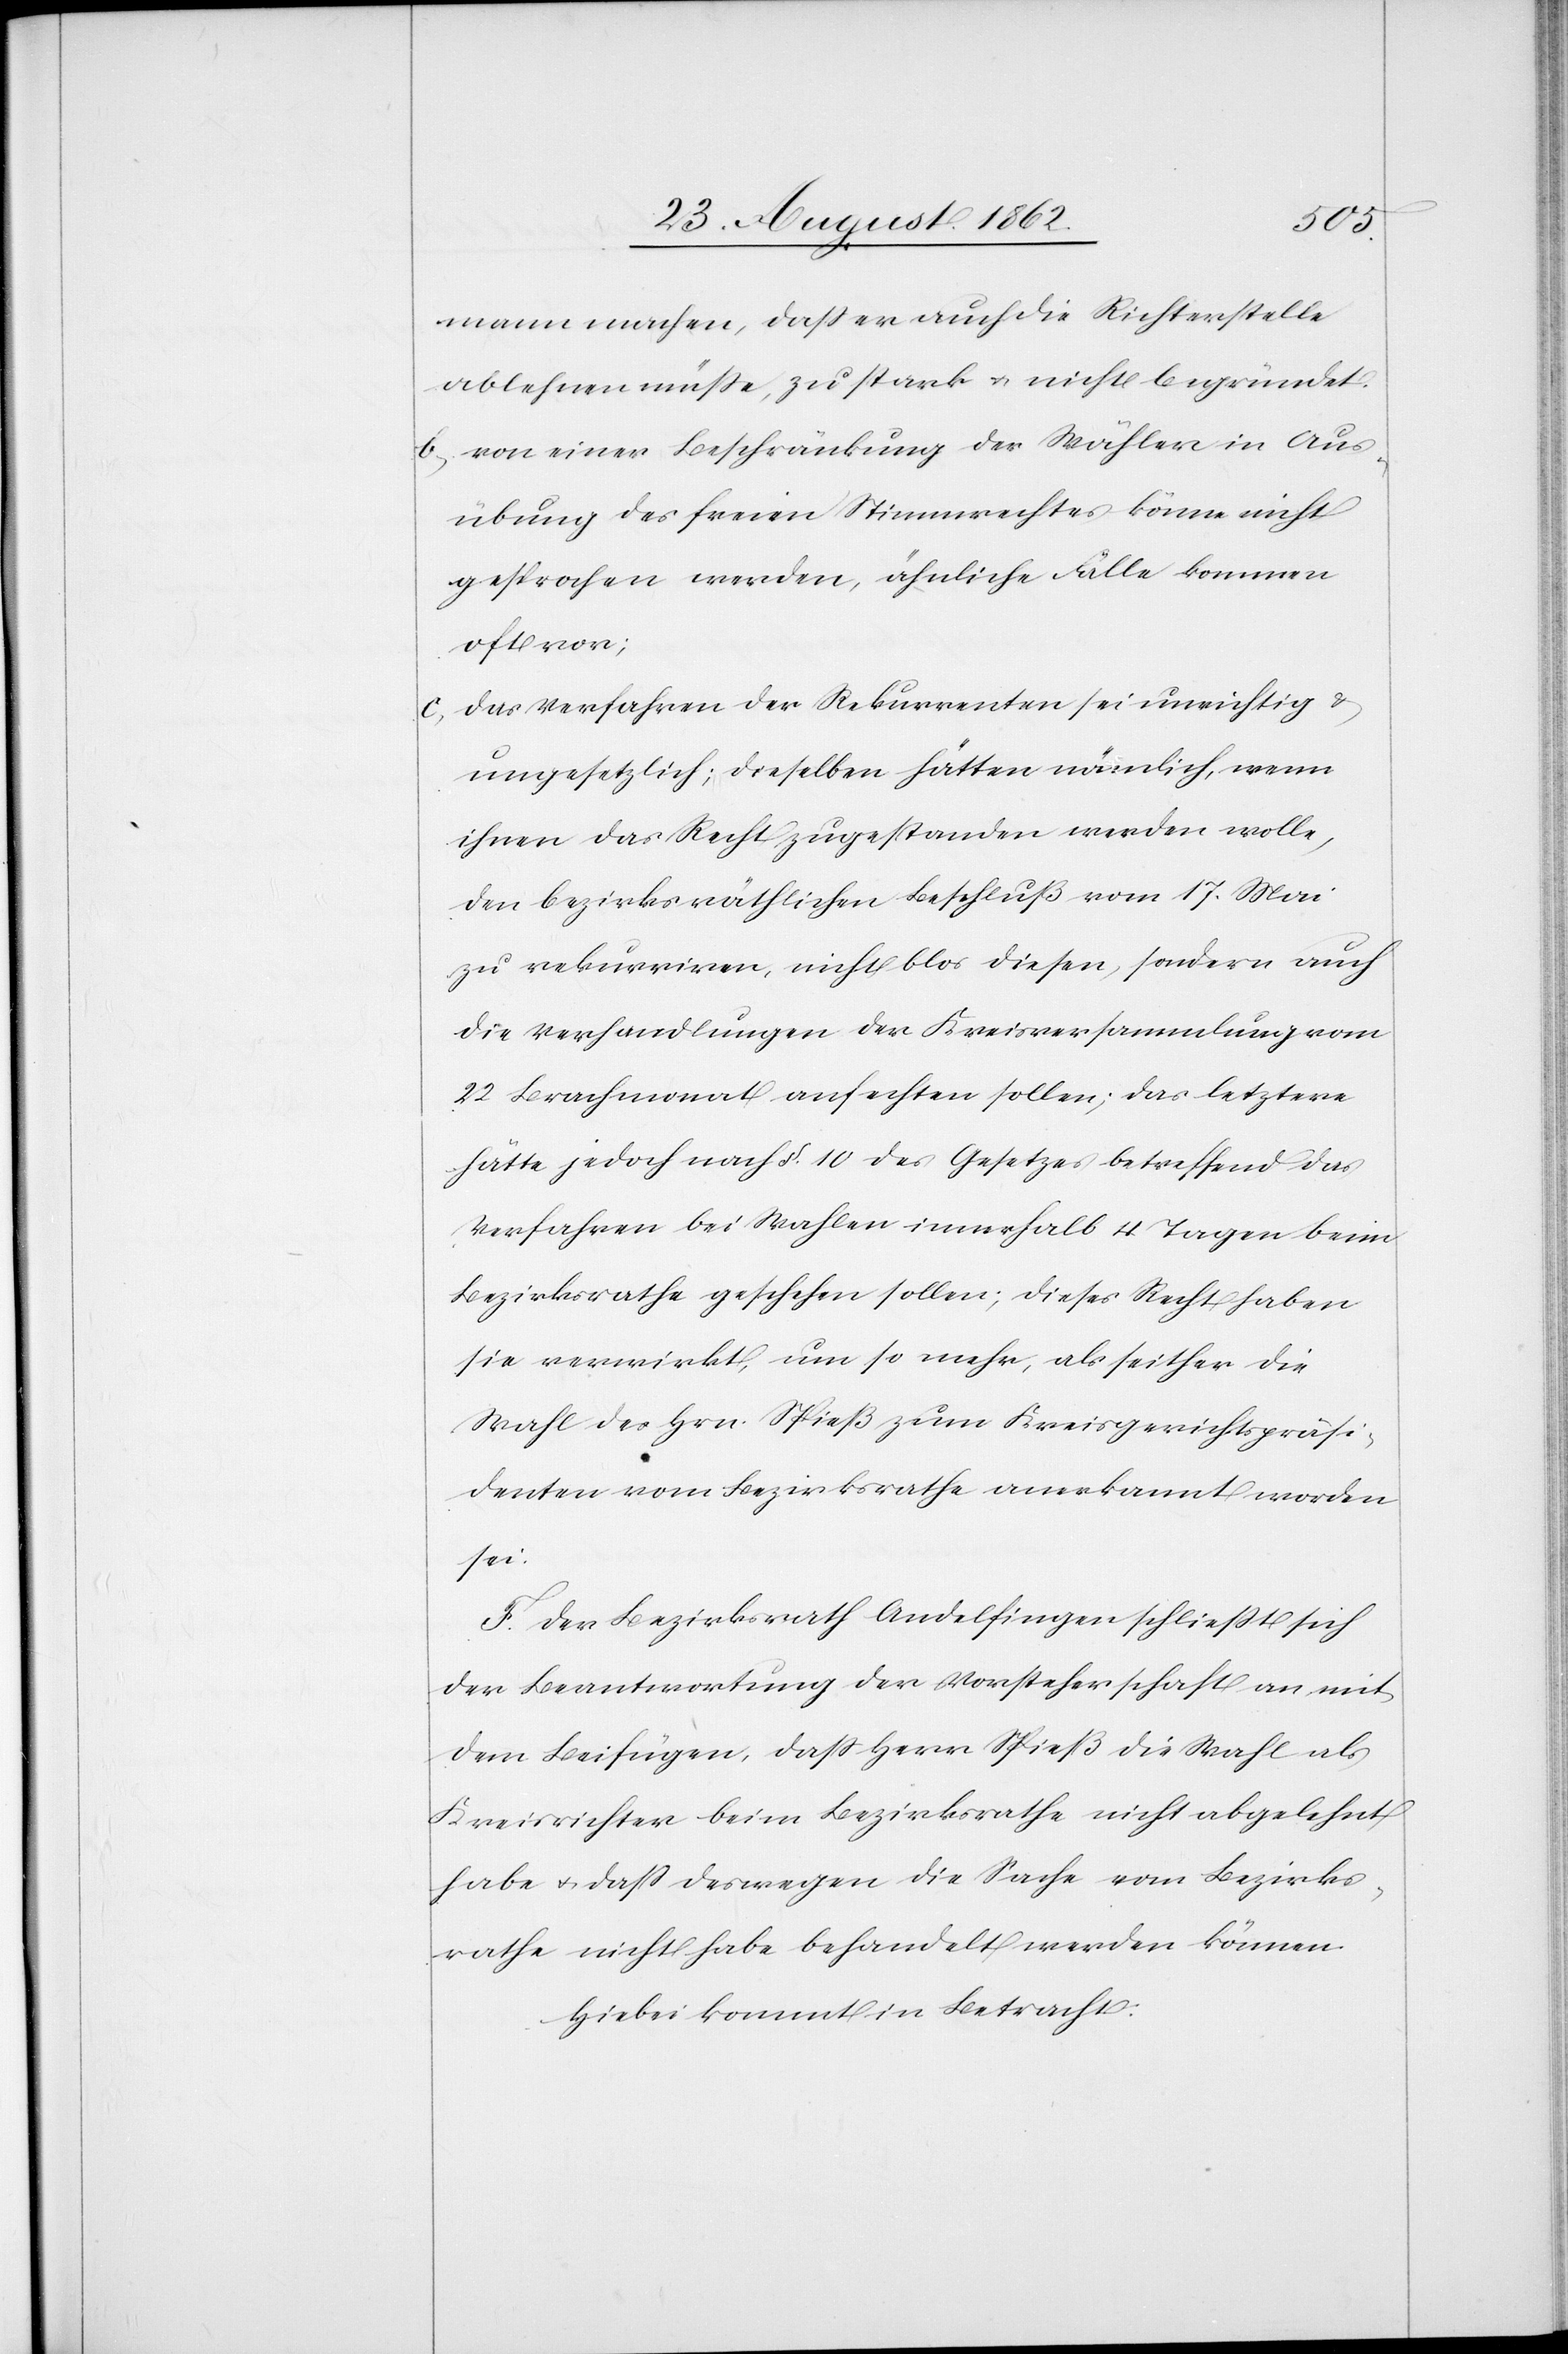
mann machen, daß er auch die Richterstelle
ablehnen müßte, zu stark u. nicht begründet.
b. von einer Beschränkung der Wähler in Aus¬
übung des freien Stimmrechtes könne nicht
gesprochen werden, ähnliche Fälle kommen
oft vor;
c. das Verfahren der Rekurrenten sei unrichtig u.
ungesetzlich; dieselben hätten nämlich, wenn
ihnen das Recht zugestanden werden wolle,
den bezirksräthlichen Beschluß vom 17. Mai
zu rekurriren, nicht blos diesen, sondern auch
die Verhandlungen der Kreisversammlung vom
22. Brachmonat anfechten sollen; das letztere
hätte jedoch nach §. 10 des Gesetzes betreffend das
Verfahren bei Wahlen innerhalb 4 Tagen beim
Bezirksrathe geschehen sollen; dieses Recht haben
sie verwirkt, um so mehr, als seither die
Wahl des Hrn. Spieß zum Kreisgerichtspräsi¬
denten vom Bezirksrathe anerkannt worden
sei.
F. Der Bezirksrath Andelfingen schließt sich
der Beantwortung der Vorsteherschaft an, mit
dem Beifügen, daß Herr Spieß die Wahl als
Kreisrichter beim Bezirksrathe nicht abgelehnt
habe u. daß deswegen die Sache vom Bezirks¬
rathe nicht habe behandelt werden können.
Hiebei kommt in Betracht.